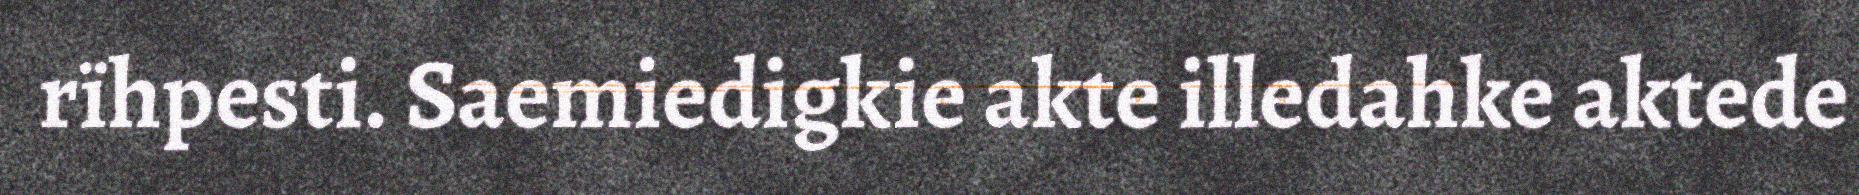
rïhpesti. Saemiedigkie akte illedahke aktede